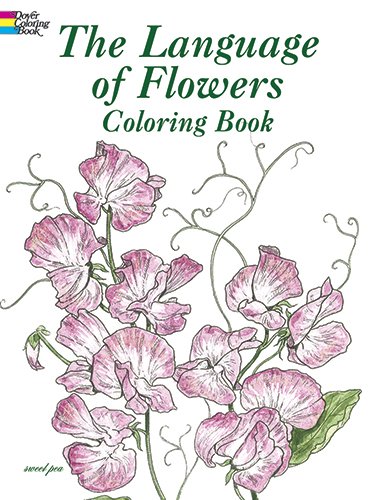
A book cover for The Language of Flowers Coloring Book (Dover Nature Coloring Book); John Green; Crafts, Hobbies & Home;